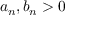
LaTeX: a _ { n } , b _ { n } > 0